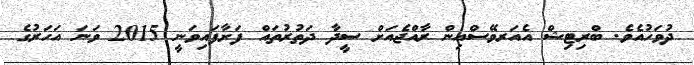
ދުވަހުއެވެ. ބްރިޓިޝް އެއަރވޭސްއިން ރާއްޖެއަށް ސީދާ ދަތުރުތައް ފަށާފައިވަނީ 2015 ވަނަ އަހަރުގެ